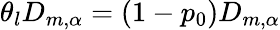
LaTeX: \theta_{l}D_{m,\alpha}=(1-p_{0})D_{m,\alpha}